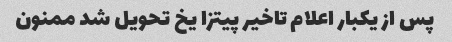
پس از یکبار اعلام تاخیر پیتزا یخ تحویل شد ممنون